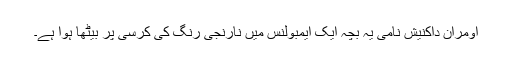
اومران داکنیش نامی یہ بچہ ایک ایمبولنس میں نارنجی رنگ کی کرسی پر بیٹھا ہوا ہے۔